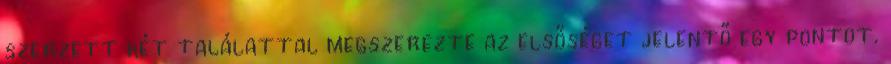
szerzett két találattal megszerezte az elsőséget jelentő egy pontot.